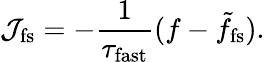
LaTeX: \mathcal{J}_{\mathrm{fs}}=-\frac{1}{\tau_{\mathrm{fast}}}(f-\tilde{f}_{\mathrm{fs}}).